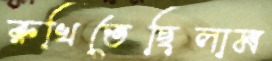
রুখিতেছিলাম